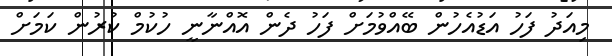
މިއަދު ފަހު އަޑުއެހުން ބޭއްވުމަށް ފަހު ދެން އޮއްނާނީ ހުކުމް ކުރުން ކަމަށް